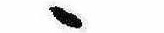
ゝ